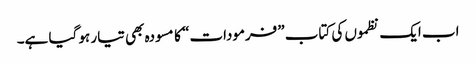
اب ایک نظموں کی کتاب ”فرمودات“ کا مسودہ بھی تیار ہو گیا ہے۔